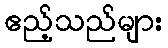
ဧည့်သည်များ